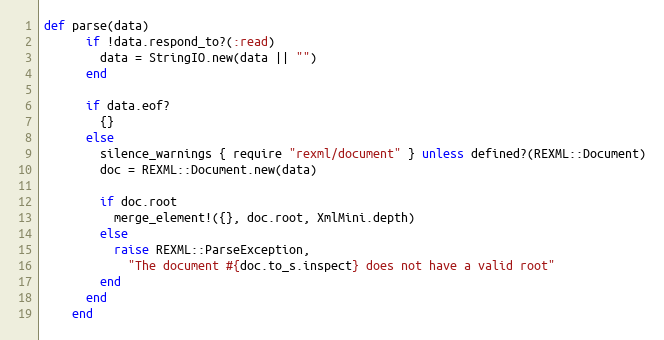
Language: Ruby
def parse(data)
      if !data.respond_to?(:read)
        data = StringIO.new(data || "")
      end

      if data.eof?
        {}
      else
        silence_warnings { require "rexml/document" } unless defined?(REXML::Document)
        doc = REXML::Document.new(data)

        if doc.root
          merge_element!({}, doc.root, XmlMini.depth)
        else
          raise REXML::ParseException,
            "The document #{doc.to_s.inspect} does not have a valid root"
        end
      end
    end